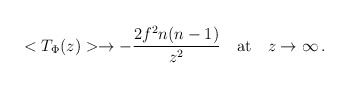
\begin{align*}<T_\Phi(z)>\rightarrow-\frac{2f^2n(n-1)}{z^2}\quad {\rm at}\quad z\rightarrow\infty\,.\end{align*}